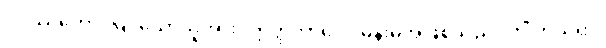
ဝိပဿတော၊ မြင်သောသူအား။ ဣတ္ထိဘာဝေါ၊ မိန်းမအဖြစ်သည်။ ကိံ ကယိရာ၊